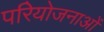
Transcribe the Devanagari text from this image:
परिेयोजनाओं